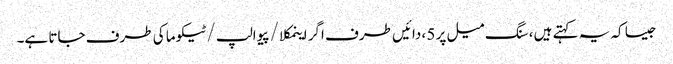
جیسا کہ یہ کہتے ہیں ، سنگ میل پر 5 ، دائیں طرف اگر اینمکلا / پیوالپ / ٹیکوما کی طرف جاتا ہے۔